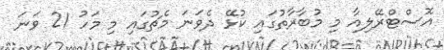
އޮސްޓްރޭލިއާ މި މުބާރާތުގައި ކުޅޭ ދެވަނަ މެޗުގައި މި މަހު 21 ވަނަ